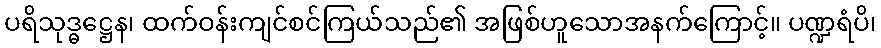
ပရိသုဒ္ဓဋ္ဌေန၊ ထက်ဝန်းကျင်စင်ကြယ်သည်၏ အဖြစ်ဟူသောအနက်ကြောင့်။ ပဏ္ဍရံပိ၊